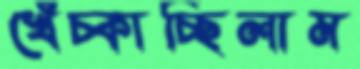
খেঁচ্‌কাচ্ছিলাম